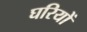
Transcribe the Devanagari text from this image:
घरियों